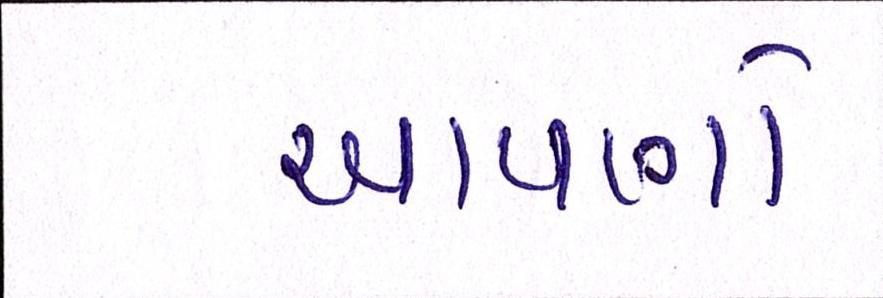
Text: આપણો